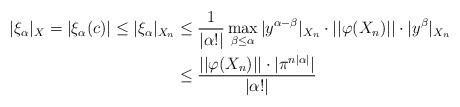
LaTeX: \begin{align*} |\xi_\alpha|_X = |\xi_\alpha(c)| \leq |\xi_\alpha|_{X_n} & \leq \frac{1}{|\alpha!|}\max_{\beta \leq \alpha} |y^{\alpha-\beta}|_{X_n}\cdot ||\varphi(X_n)|| \cdot |y^\beta|_{X_n} \\ & \leq \frac{||\varphi(X_n)||\cdot |\pi^{n|\alpha|}|}{|\alpha!|} \end{align*}